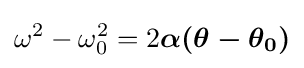
\omega ^{2}-\omega _{0}^{2}=2{\boldsymbol {\alpha (\theta -\theta _{0})}}